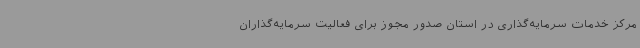
مرکز خدمات سرمایه‌گذاری در استان صدور مجوز برای فعالیت سرمایه‌گذاران